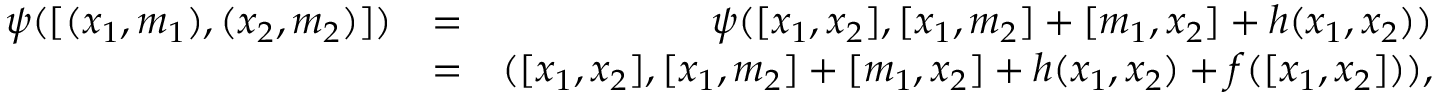
\begin{array} { r l r } { \psi ( [ ( x _ { 1 } , m _ { 1 } ) , ( x _ { 2 } , m _ { 2 } ) ] ) } & { = } & { \psi ( [ x _ { 1 } , x _ { 2 } ] , [ x _ { 1 } , m _ { 2 } ] + [ m _ { 1 } , x _ { 2 } ] + h ( x _ { 1 } , x _ { 2 } ) ) } \\ & { = } & { ( [ x _ { 1 } , x _ { 2 } ] , [ x _ { 1 } , m _ { 2 } ] + [ m _ { 1 } , x _ { 2 } ] + h ( x _ { 1 } , x _ { 2 } ) + f ( [ x _ { 1 } , x _ { 2 } ] ) ) , } \end{array}